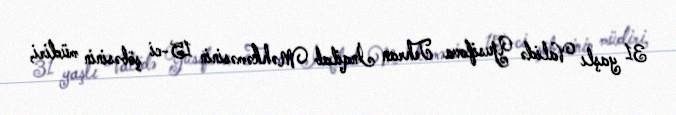
31 yaşlı Validə Yusifova Tehran İnqilab Məhkəməsinin 15-ci şöbəsinin müdiri,